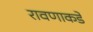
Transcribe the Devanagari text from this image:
रावणाकडे